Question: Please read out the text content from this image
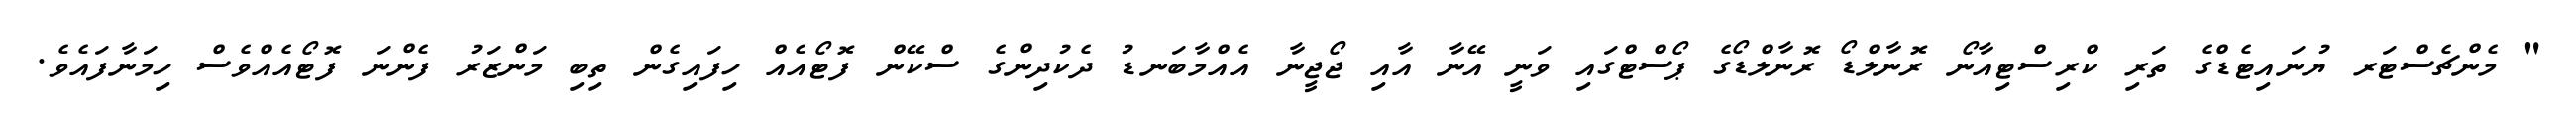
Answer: " މެންޗެސްޓަރ ޔުނައިޓެޑްގެ ތަރި ކްރިސްޓިއާނޯ ރޮނާލްޑޯ ރޮނާލްޑޯގެ ޕޯސްޓްގައި ވަނީ އޭނާ އާއި ޖޯޖީނާ އެއްމާބަނޑު ދެކުދިންގެ ސްކޭން ފޮޓޯއެއް ހިފައިގެން ތިބި މަންޒަރު ފެންނަ ފޮޓޯއެއްވެސް ހިމަނާފައެވެ.